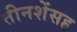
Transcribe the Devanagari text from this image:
तीनशेंसह